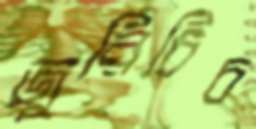
জুরিচিচ